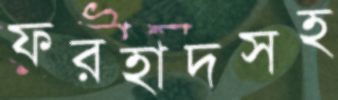
ফরহাদসহ